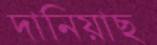
দানিয়াছ